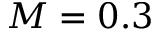
M = 0 . 3